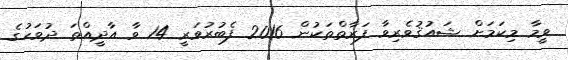
ވީމާ މިކަމަށް ޝައުޤުވެރިވާ ފަރާތްތަކުން 2016 ފެބުރުވަރީ 14 ވާ އާދީއްތަ ދުވަހުގެ